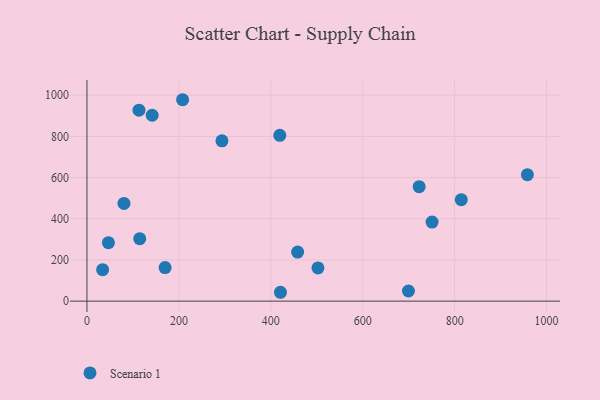
{"axis": {"x": "Price", "y": "Yield"}, "legend": ["Scenario 1"], "data": [{"x": "958.2", "y": 614.2, "type": "Scenario 1"}, {"x": "502.6", "y": 161.4, "type": "Scenario 1"}, {"x": "458.4", "y": 238.1, "type": "Scenario 1"}, {"x": "170.0", "y": 162.8, "type": "Scenario 1"}, {"x": "208.1", "y": 978.1, "type": "Scenario 1"}, {"x": "814.4", "y": 492.9, "type": "Scenario 1"}, {"x": "141.9", "y": 902.7, "type": "Scenario 1"}, {"x": "750.9", "y": 383.8, "type": "Scenario 1"}, {"x": "80.5", "y": 474.4, "type": "Scenario 1"}, {"x": "113.2", "y": 927.5, "type": "Scenario 1"}, {"x": "722.8", "y": 556.0, "type": "Scenario 1"}, {"x": "699.5", "y": 49.1, "type": "Scenario 1"}, {"x": "114.8", "y": 303.2, "type": "Scenario 1"}, {"x": "421.0", "y": 43.0, "type": "Scenario 1"}, {"x": "34.1", "y": 152.6, "type": "Scenario 1"}, {"x": "293.7", "y": 778.4, "type": "Scenario 1"}, {"x": "419.6", "y": 805.2, "type": "Scenario 1"}, {"x": "46.7", "y": 283.8, "type": "Scenario 1"}]}